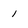
Character: 1